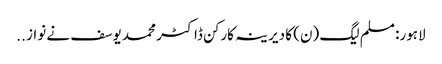
لاہور: مسلم لیگ (ن) کا دیرینہ کارکن ڈاکٹر محمد یوسف نے نواز ..